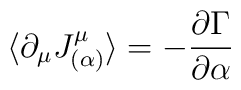
\langle \partial_\mu J^\mu_{(\alpha)}\rangle= - \frac{\partial\Gamma}{\partial\alpha}